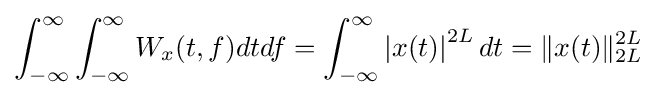
\int _{-\infty }^{\infty }\int _{-\infty }^{\infty }W_{x}(t,f)dtdf=\int _{-\infty }^{\infty }\left\vert x(t)\right\vert ^{2L}dt=\lVert x(t)\rVert _{2L}^{2L}